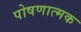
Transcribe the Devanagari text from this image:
पोषणात्मक